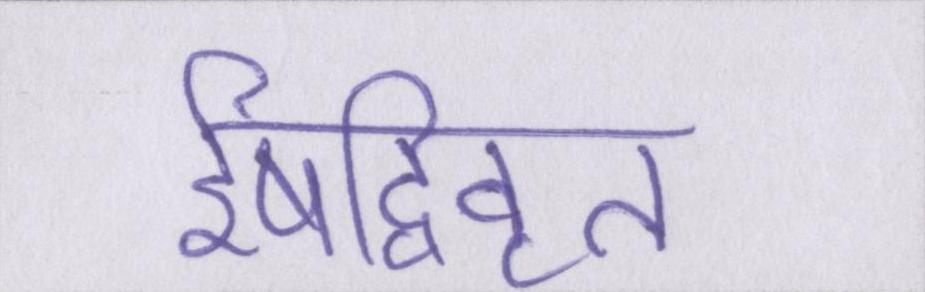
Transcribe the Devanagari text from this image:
ईषद्विवृत